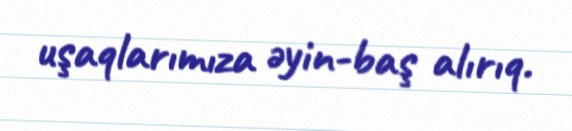
uşaqlarımıza əyin-baş alırıq.